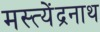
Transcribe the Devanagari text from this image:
मस्त्येंद्रनाथ